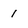
Character: 1